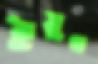
ইয়ুথ